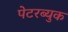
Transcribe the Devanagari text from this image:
पेटरब्युक